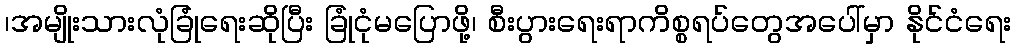
၊အမျိုးသားလုံခြုံရေးဆိုပြီး ခြုံငုံမပြောဖို့၊ စီးပွားရေးရာကိစ္စရပ်တွေအပေါ်မှာ နိုင်ငံရေး